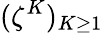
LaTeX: (\zeta^{K})_{K\geq 1}